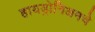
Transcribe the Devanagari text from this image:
हायड्रोनिअमचे